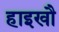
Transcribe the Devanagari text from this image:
हाइखौ